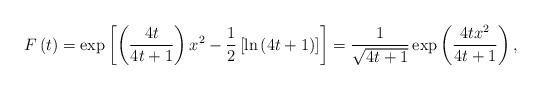
LaTeX: \begin{align*}F\left( t\right) =\exp \left[ \left( \frac{4t}{4t+1}\right) x^{2}-\frac{1}{2}\left[\ln \left( 4t+1\right) \right] \right] =\frac{1}{\sqrt{4t+1}}\exp \left( \frac{4tx^{2}}{4t+1}\right),\end{align*}